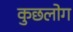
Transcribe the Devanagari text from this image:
कुछलोग